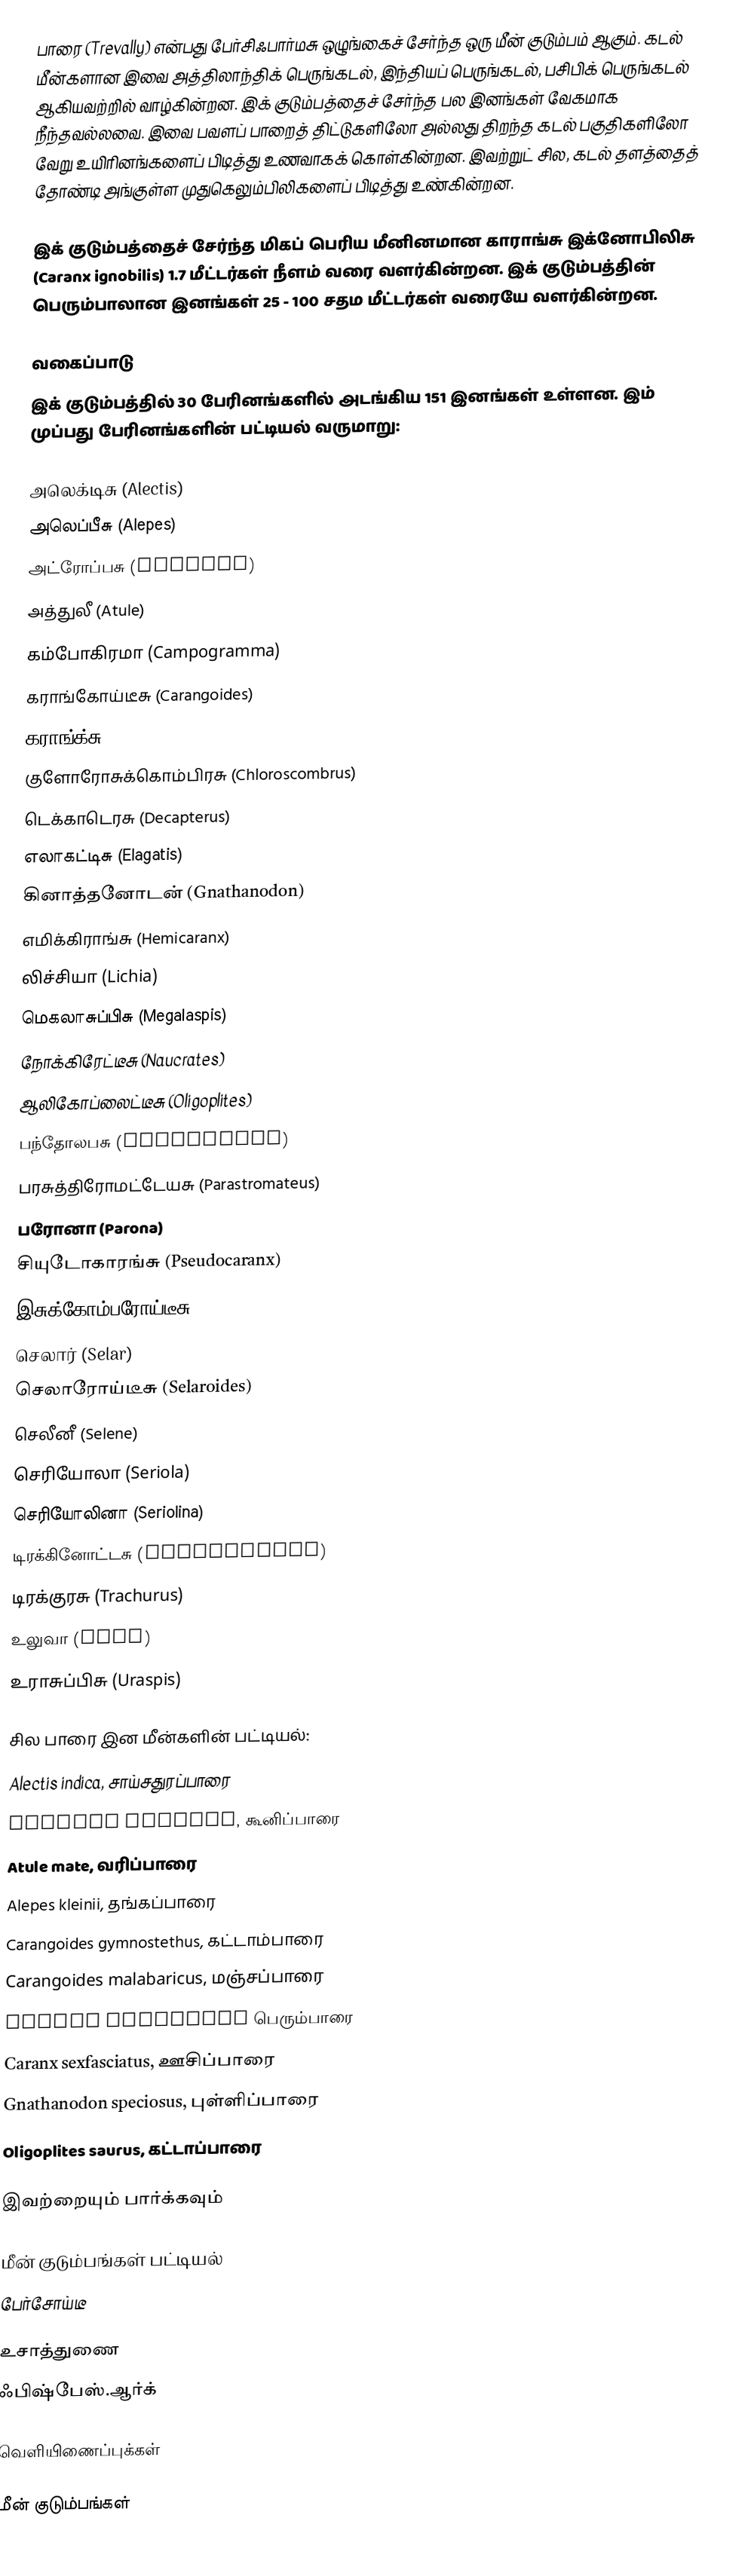
பாரை (Trevally) என்பது பேர்சிஃபார்மசு ஒழுங்கைச் சேர்ந்த ஒரு மீன் குடும்பம் ஆகும். கடல் மீன்களான இவை அத்திலாந்திக் பெருங்கடல், இந்தியப் பெருங்கடல், பசிபிக் பெருங்கடல் ஆகியவற்றில் வாழ்கின்றன. இக் குடும்பத்தைச் சேர்ந்த பல இனங்கள் வேகமாக நீந்தவல்லவை. இவை பவளப் பாறைத் திட்டுகளிலோ அல்லது திறந்த கடல் பகுதிகளிலோ வேறு உயிரினங்களைப் பிடித்து உணவாகக் கொள்கின்றன. இவற்றுட் சில, கடல் தளத்தைத் தோண்டி அங்குள்ள முதுகெலும்பிலிகளைப் பிடித்து உண்கின்றன.

இக் குடும்பத்தைச் சேர்ந்த மிகப் பெரிய மீனினமான காராங்சு இக்னோபிலிசு (Caranx ignobilis) 1.7 மீட்டர்கள் நீளம் வரை வளர்கின்றன. இக் குடும்பத்தின் பெரும்பாலான இனங்கள் 25 - 100 சதம மீட்டர்கள் வரையே வளர்கின்றன.

வகைப்பாடு
இக் குடும்பத்தில் 30 பேரினங்களில் அடங்கிய 151 இனங்கள் உள்ளன. இம் முப்பது பேரினங்களின் பட்டியல் வருமாறு:

அலெக்டிசு (Alectis)
அலெப்பீசு (Alepes)
அட்ரோப்பசு (Atropus)
அத்துலீ (Atule)
கம்போகிரமா (Campogramma)
கராங்கோய்டீசு (Carangoides)
கராங்க்சு (Caranx)
குளோரோசுக்கொம்பிரசு (Chloroscombrus)
டெக்காடெரசு (Decapterus)
எலாகட்டிசு (Elagatis)
கினாத்தனோடன் (Gnathanodon)
எமிக்கிராங்சு (Hemicaranx)
லிச்சியா (Lichia)
மெகலாசுப்பிசு (Megalaspis)
நோக்கிரேட்டீசு (Naucrates)
ஆலிகோப்லைட்டீசு (Oligoplites)
பந்தோலபசு (Pantolabus)
பரசுத்திரோமட்டேயசு (Parastromateus)
பரோனா (Parona)
சியுடோகாரங்சு (Pseudocaranx)
இசுக்கோம்பரோய்டீசு (Scomberoides)
செலார் (Selar)
செலாரோய்டீசு (Selaroides)
செலீனீ (Selene)
செரியோலா (Seriola)
செரியோலினா (Seriolina)
டிரக்கினோட்டசு (Trachinotus)
டிரக்குரசு (Trachurus)
உலுவா (Ulua)
உராசுப்பிசு (Uraspis)

சில பாரை இன மீன்களின் பட்டியல்:
 Alectis indica, சாய்சதுரப்பாரை
 Atropus atropos, கூனிப்பாரை
 Atule mate, வரிப்பாரை
 Alepes kleinii, தங்கப்பாரை
 Carangoides gymnostethus, கட்டாம்பாரை
 Carangoides malabaricus, மஞ்சப்பாரை
 Caranx ignobilis பெரும்பாரை
 Caranx sexfasciatus, ஊசிப்பாரை
 Gnathanodon speciosus, புள்ளிப்பாரை
 Oligoplites saurus, கட்டாப்பாரை

இவற்றையும் பார்க்கவும்

 மீன் குடும்பங்கள் பட்டியல்
 பேர்சோய்டீ

உசாத்துணை
 ஃபிஷ்பேஸ்.ஆர்க்

வெளியிணைப்புக்கள்

மீன் குடும்பங்கள்